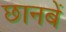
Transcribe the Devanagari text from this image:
छानबें